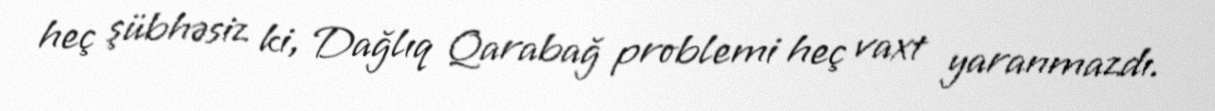
heç şübhəsiz ki, Dağlıq Qarabağ problemi heç vaxt yaranmazdı.